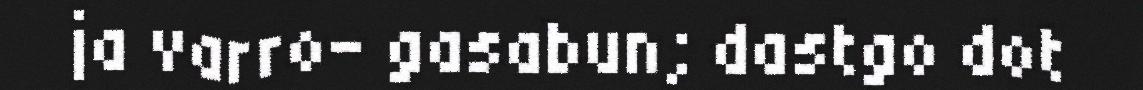
ja varro- gasabun; dastgo dot